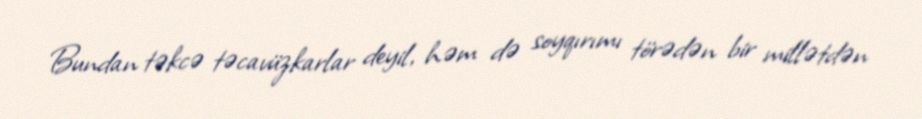
Bundan təkcə təcavüzkarlar deyil, həm də soyqırımı törədən bir millətdən